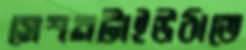
সেশনটাইউঠাতে